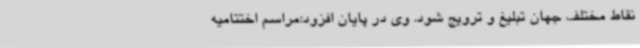
نقاط مختلف جهان تبلیغ و ترویج شود. وی در پایان افزود:مراسم اختتامیه